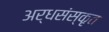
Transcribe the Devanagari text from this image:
अर्धसंस्कृत